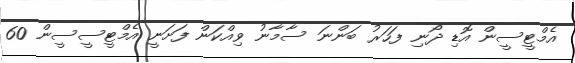
އެމްޓީސީން އޮޑި ދޯނި ފަހަރު ބަންނަ ސާމާނު ވިއްކަން ފަށަނީ އެމްޓީސީސީން 60